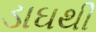
ડાઘથી